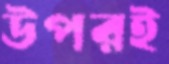
উপরই